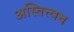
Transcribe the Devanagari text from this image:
अस्तित्त्वच